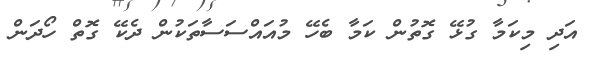
އަދި މިކަމާ ގުޅޭ ގޮތުން ކަމާ ބެހޭ މުއައްސަސާތަކުން ދެކޭ ގޮތް ހޯދަން